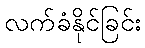
လက်ခံနိုင်ခြင်း